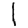
Digit: 1